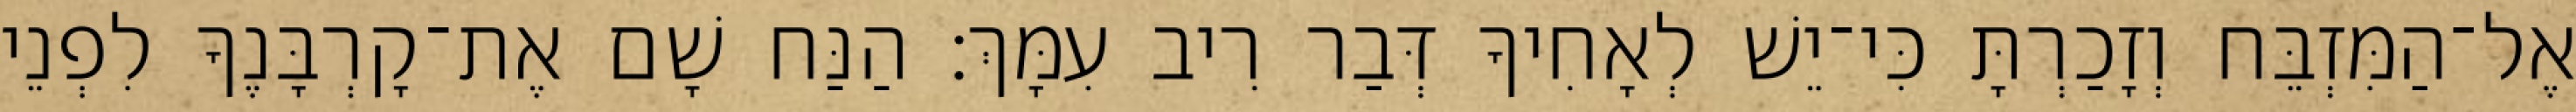
אֶל־הַמִּזְבֵּח וְזָכַרְתָּ כִּי־יֵשׁ לְאָחִיךָ דְּבַר רִיב עִמָּךְ׃ הַנַּח שָׁם אֶת־קָרְבָּנֶךָ לִפְנֵי